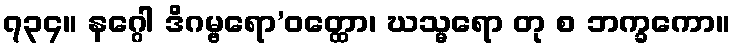
၇၃၄။ နဂ္ဂေါ ဒိဂမ္ဗရော’ဝတ္ထော၊ ဃသ္မရော တု စ ဘက္ခကော။